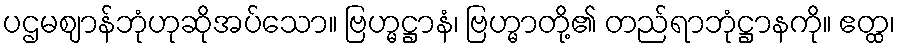
ပဌမဈာန်ဘုံဟုဆိုအပ်သော။ ဗြဟ္မဋ္ဌာနံ၊ ဗြဟ္မာတို့၏ တည်ရာဘုံဋ္ဌာနကို။ ဧတ္ထ၊